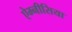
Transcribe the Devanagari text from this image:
ऐम्नीसिया